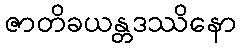
ဇာတိခယန္တဒဿိနော